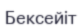
Бексейіт